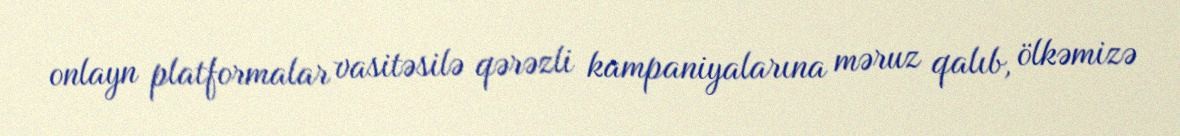
onlayn platformalar vasitəsilə qərəzli kampaniyalarına məruz qalıb, ölkəmizə